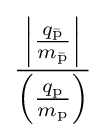
{\frac {\left|{\frac {q_{\bar {\rm {p}}}}{m_{\bar {\rm {p}}}}}\right|}{\left({\frac {q_{\rm {p}}}{m_{\rm {p}}}}\right)}}